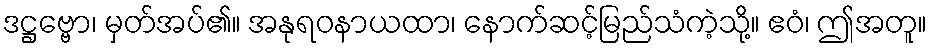
ဒဋ္ဌဗ္ဗော၊ မှတ်အပ်၏။ အနုရဝနာယထာ၊ နောက်ဆင့်မြည်သံကဲ့သို့။ ဧဝံ၊ ဤအတူ။